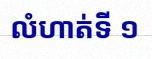
លំហាត់ទី ១